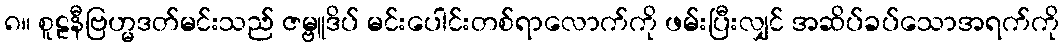
၈။ စူဠနီဗြဟ္မဒတ်မင်းသည် ဇမ္ဗူဒိပ် မင်းပေါင်းတစ်ရာလောက်ကို ဖမ်းပြီးလျှင် အဆိပ်ခပ်သောအရက်ကို